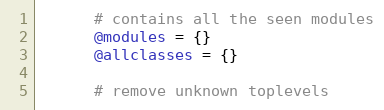
Language: Ruby
      # contains all the seen modules
      @modules = {}
      @allclasses = {}

      # remove unknown toplevels